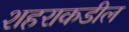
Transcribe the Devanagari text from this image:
शहराकडील